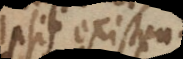
ipsis existendi